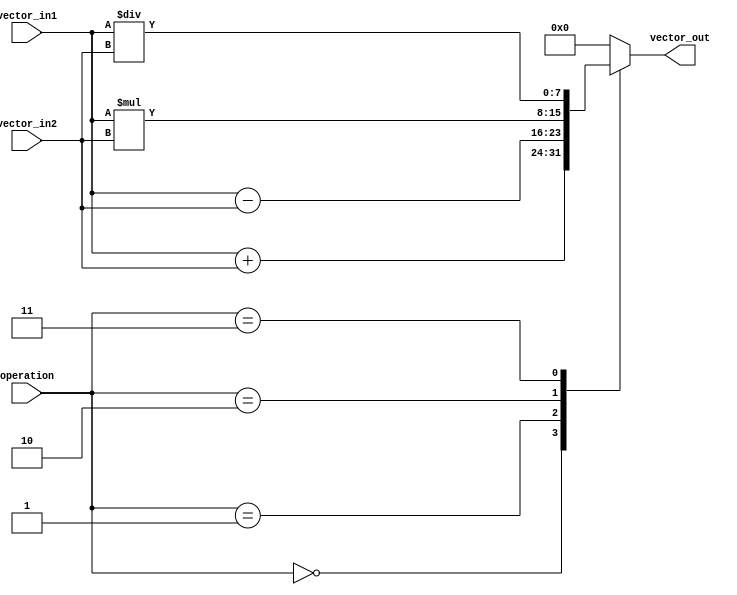
module vector_alu (
    input [7:0] vector_in1,
    input [7:0] vector_in2,
    input [2:0] operation,
    output reg [7:0] vector_out
);

always @ (*) begin
    case (operation)
        3'b000: vector_out = vector_in1 + vector_in2; // addition
        3'b001: vector_out = vector_in1 - vector_in2; // subtraction
        3'b010: vector_out = vector_in1 * vector_in2; // multiplication
        3'b011: vector_out = vector_in1 / vector_in2; // division
        // add more cases for bitwise operations and shifts if needed
        default: vector_out = 8'b0; // default to 0 for invalid operation
    endcase
end

endmodule